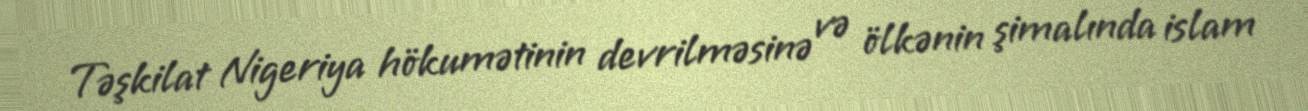
Təşkilat Nigeriya hökumətinin devrilməsinə və ölkənin şimalında islam